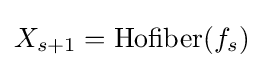
X_{s+1}={\text{Hofiber}}(f_{s})